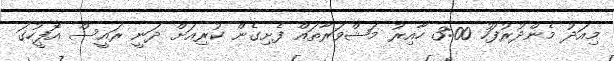
މިއަދު މެންދުރުފަހު 3:00 ހާއިރު މަޝްވަރާތައް ފެށިގެން ކުރިއަށް ދަނީ ރައީސް އޮފީހުގަ